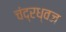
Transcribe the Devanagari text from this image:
चंद्रध्वज